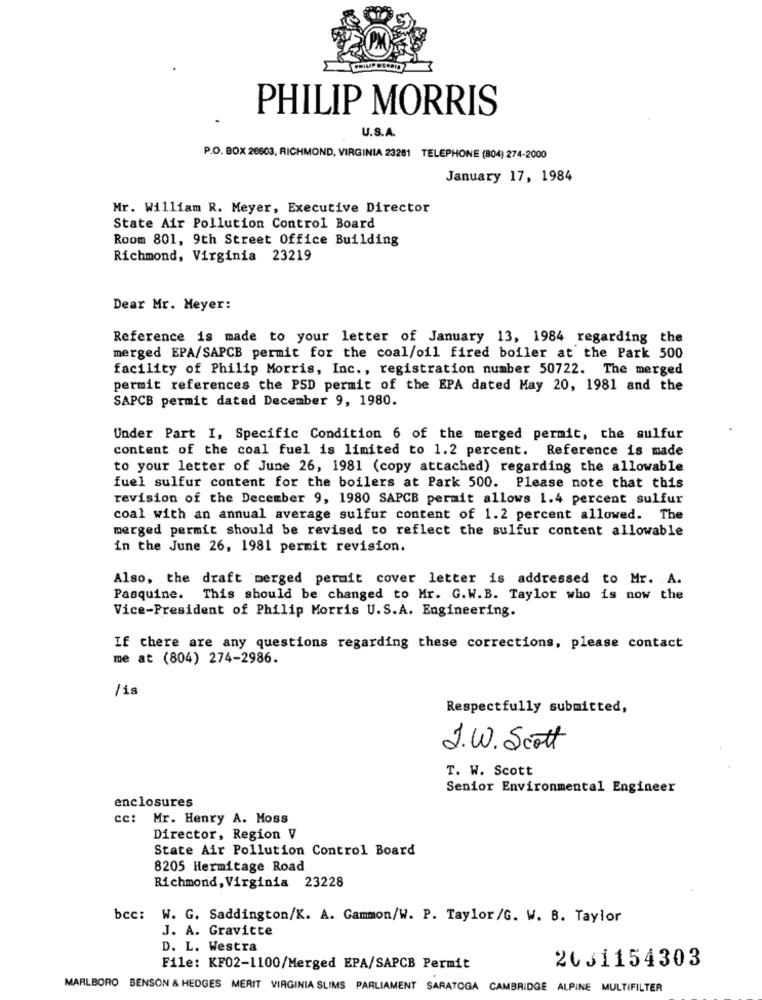
PHILIP MORRIS
U.S.A.
P.O. BOX 26603, RICHMOND, VIRGINIA 23281 TELEPHONE (804) 274-2000
January 17, 1984
Mr. William R. Meyer, Executive Director
State Air Pollution Control Board
Room 801, 9th Street Office Building
Richmond, Virginia 23219
Dear Mr. Meyer:
Reference is made to your letter of January 13, 1984 regarding the
merged EPA/SAPCB permit for the coal/oil fired boiler at the Park 500
facility of Philip Morris, Inc ., registration number 50722. The merged
permit references the PSD permit of the EPA dated May 20, 1981 and the
SAPCB permit dated December 9, 1980.
Under Part I, Specific Condition 6 of the merged permit, the sulfur
content of the coal fuel is limited to 1.2 percent. Reference is made
to your letter of June 26, 1981 (copy attached) regarding the allowable
fuel sulfur content for the boilers at Park 500. Please note that this
revision of the December 9, 1980 SAPCB permit allows 1.4 percent sulfur
coal with an annual average sulfur content of 1.2 percent allowed. The
merged permit should be revised to reflect the sulfur content allowable
in the June 26, 1981 permit revision.
Also, the draft merged peruit cover letter is addressed to Mr. A.
Pasquine. This should be changed to Mr. G.W.B. Taylor who is now the
Vice-President of Philip Morris U.S.A. Engineering.
If there are any questions regarding these corrections, please contact
me at (804) 274-2986.
/is
Respectfully submitted,
J. W. Scott
T. W. Scott
Senior Environmental Engineer
enclosures
cc: Mr. Henry A. Moss
Director, Region V
State Air Pollution Control Board
8205 Hermitage Road
Richmond, Virginia 23228
bcc: W. G. Saddington/K. A. Gammon/W. P. Taylor/G. W. B. Taylor
J. A. Gravitte
D. L. Westra
2631154303
File: KF02-1100/Merged EPA/SAPCB Permit
MARLBORO BENSON & HEDGES MERIT VIRGINIA SLIMS PARLIAMENT SARATOGA CAMBRIDGE ALPINE MULTIFILTER